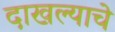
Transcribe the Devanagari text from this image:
दाखल्याचे